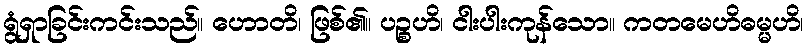
ရွံရှာခြင်းကင်းသည်။ ဟောတိ၊ ဖြစ်၏။ ပဉ္စဟိ၊ ငါးပါးကုန်သော။ ကတမေဟိဓမ္မဟိ၊